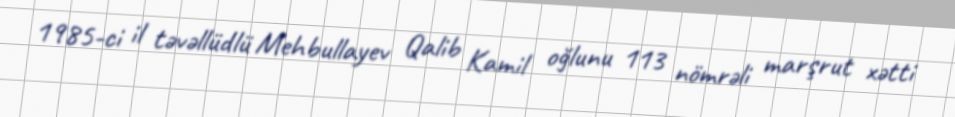
1985-ci il təvəllüdlü Mehbullayev Qalib Kamil oğlunu 113 nömrəli marşrut xətti